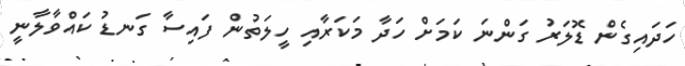
ހަދައިގެން ޑޮލަރު ގަންނަ ކަމަށް ހަދާ މަކަރާއި ހީލަތުން ފައިސާ ގަނޑު ކައްވާލާނީ